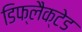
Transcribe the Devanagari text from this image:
डिफ्लैक्टेड